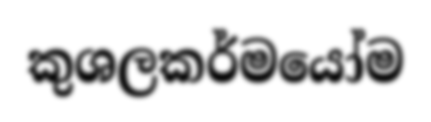
කුශලකර්මයෝම